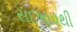
સદભાવથી